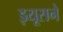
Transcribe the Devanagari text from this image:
झ्यूसने